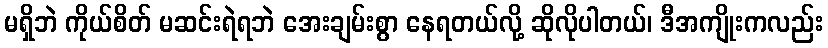
မရှိဘဲ ကိုယ်စိတ် မဆင်းရဲရဘဲ အေးချမ်းစွာ နေရတယ်လို့ ဆိုလိုပါတယ်၊ ဒီအကျိုးကလည်း